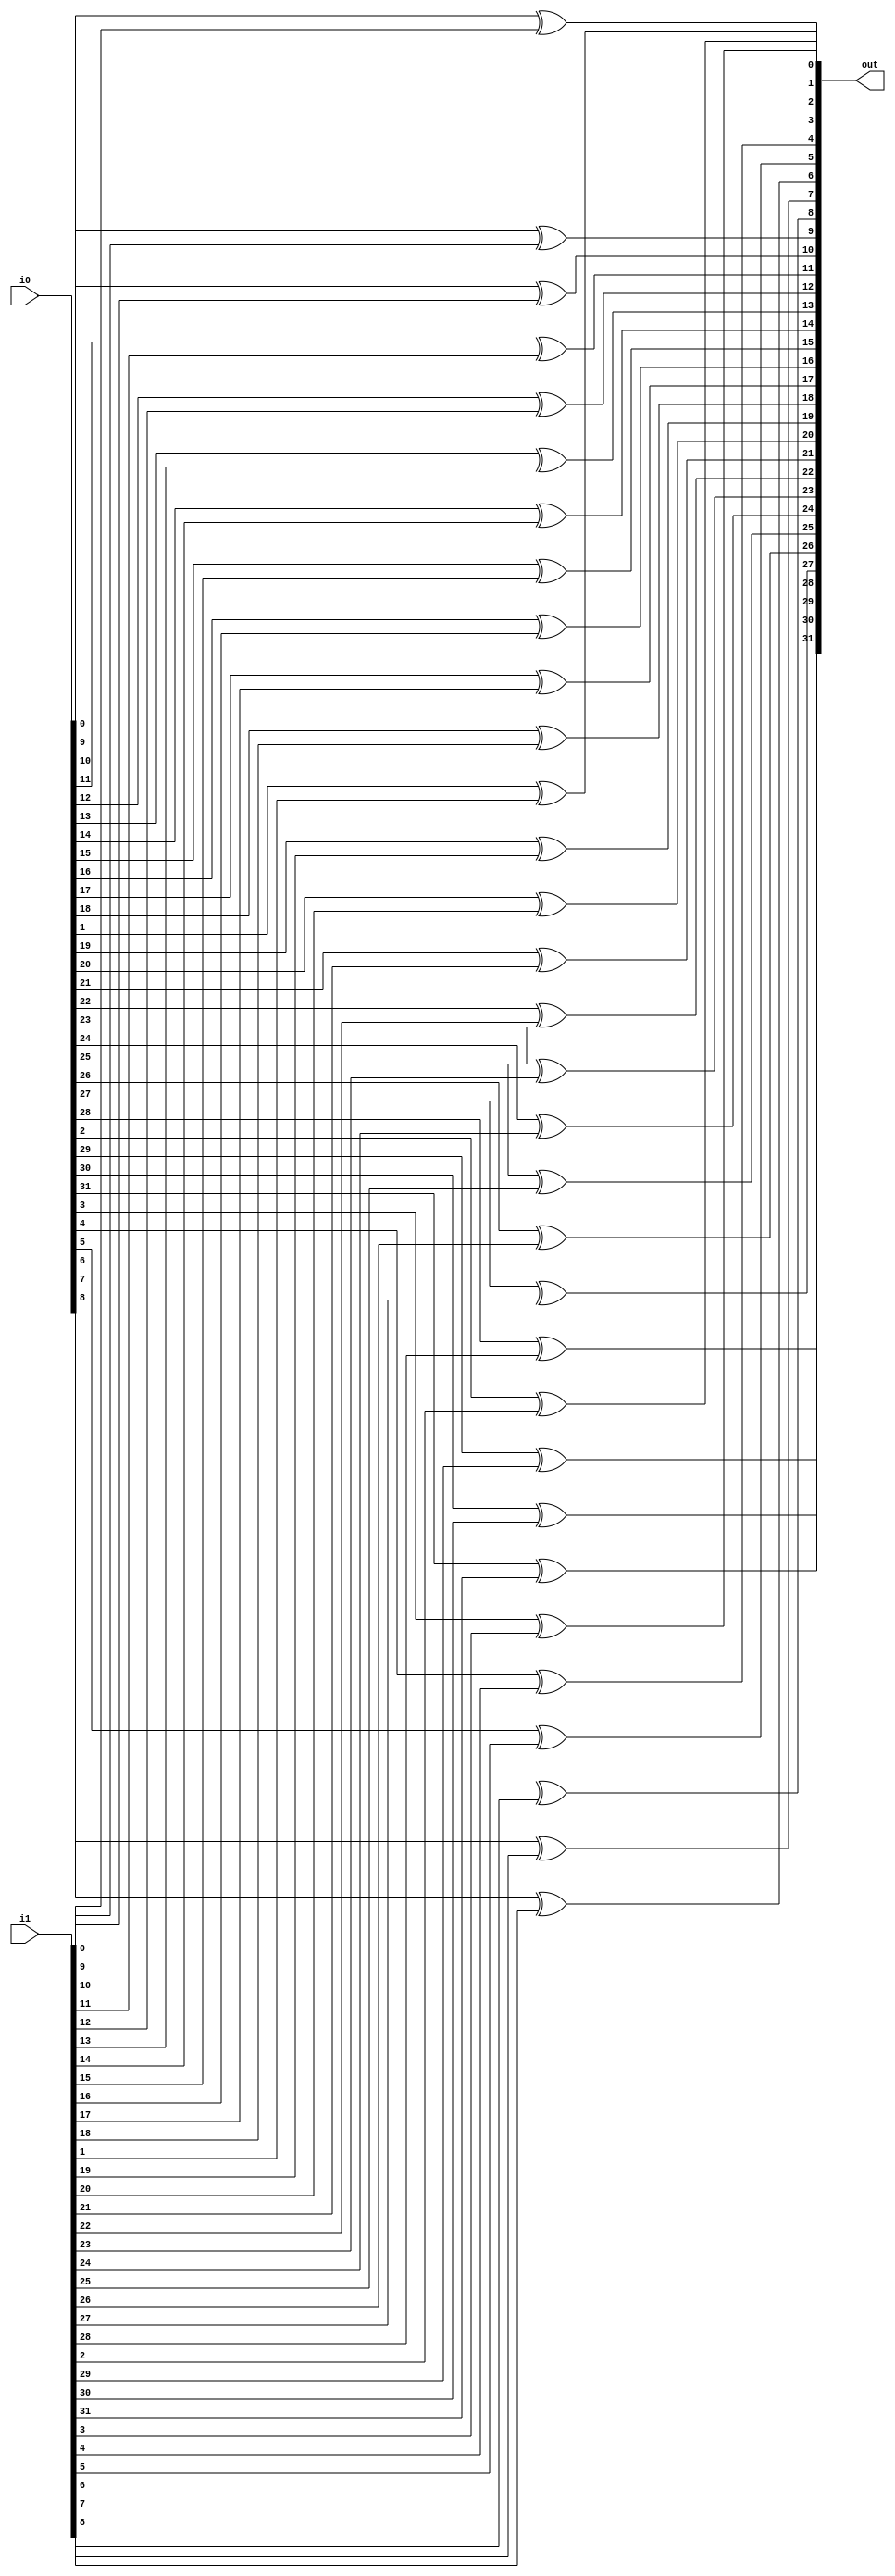
module bitwise_xor(out , i0 , i1 );
	parameter N = 32;

	output [N-1:0] out;
	input [N-1:0] i0 ,i1 ;

	genvar j ;
	generate for( j = 0 ; j < N ; j = j + 1 ) 
	begin :xor_loop
		xor g1( out[j] , i0[j] , i1[j] );
	end 
	endgenerate

	reg [N-1:0] out ;
	generate for( j = 0 ; j < N ; j= j  +1 ) 
	begin :bit 
		always @(i0[j] or i1[j] )
			out[j] = i0[j] ^ i1[j] ;
	end
	endgenerate
endmodule